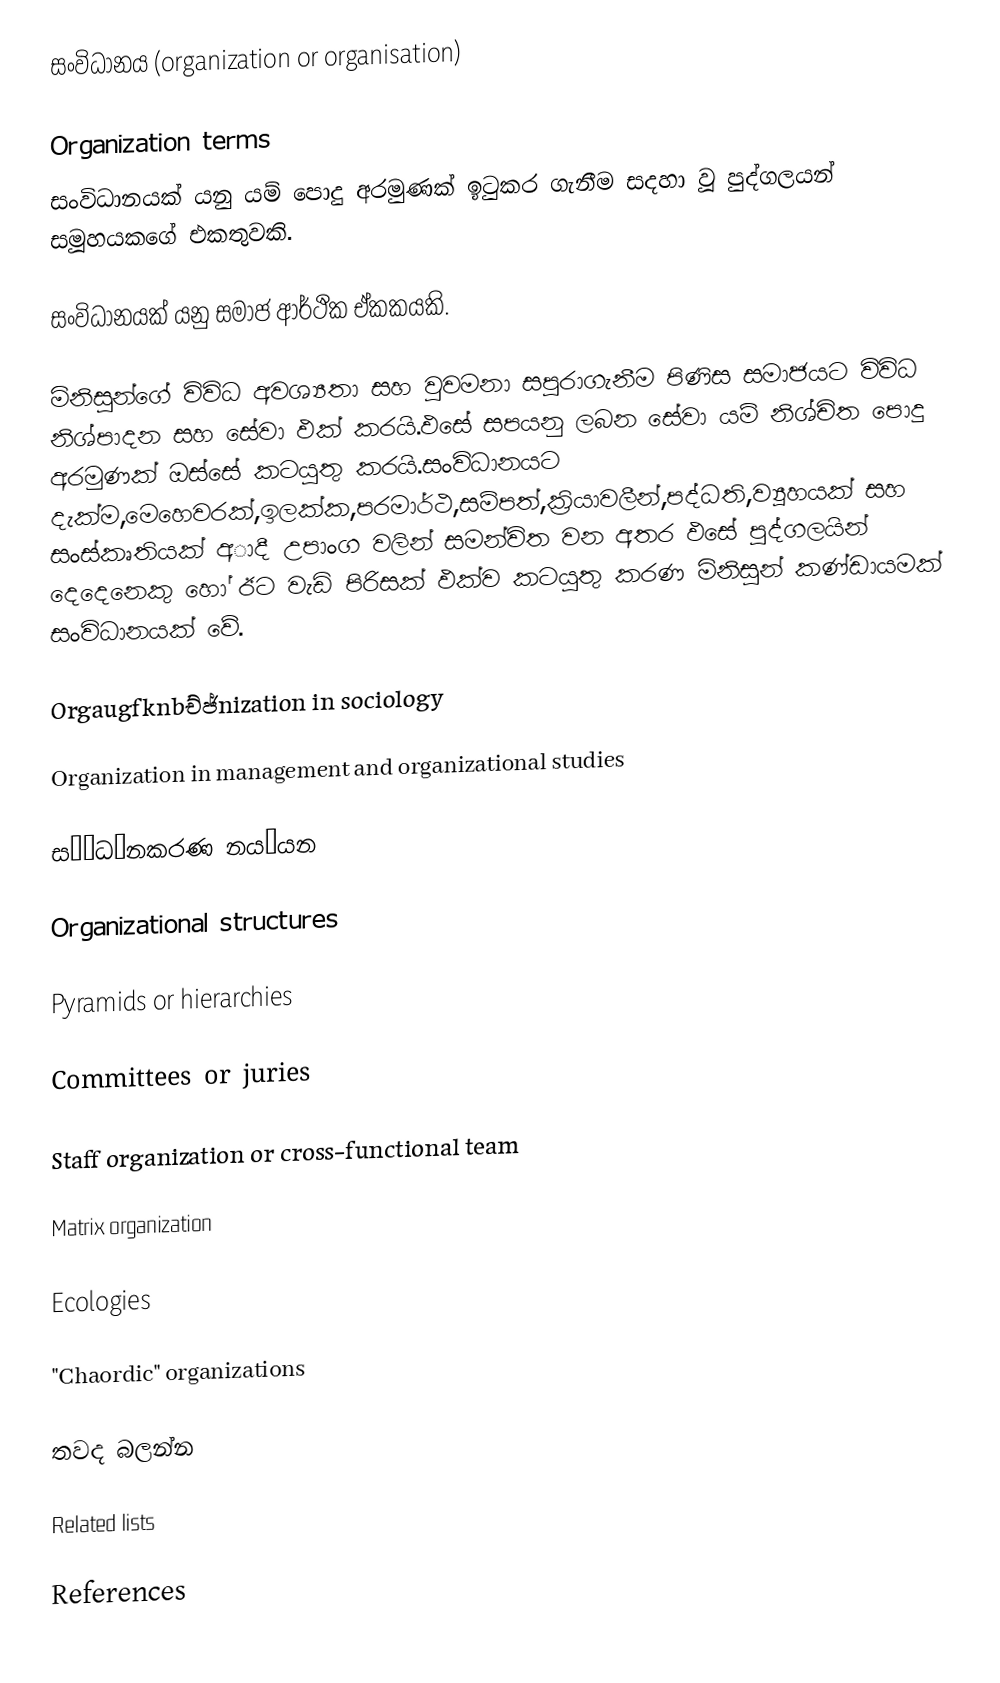
සංවිධානය (organization or organisation)

Organization terms
සංවිධානයක් යනු යම්‍ පොදු අරමුණක් ඉටුකර ගැනීම සදහා වූ පුද්ගලයන් සමූහයකගේ එකතුවකි.

සංවිධානයක් යනු සමාජ ආර්ථික ඒකකයකි.

මිනිසුන්ගේ විවිධ අවශ්‍යතා සහ වුවමනා සපුරාගැනීම පිණිස සමාජයට විවිධ නිශ්පාදන සහ සේවා ඵක් කරයි.ඵසේ සපයනු ලබන සේවා යම් නිශ්චිත පොදු අරමුණක් ඔස්සේ කටයුතු කරයි.සංවිධානයට දැක්ම,මෙහෙවරක්,ඉලක්ක,පරමාර්ථ,සම්පත්,ක්‍රියාවලීන්,පද්ධති,ව්‍යූහයක් සහ සංස්කෘතියක් අාදී උපාංග වලින් සමන්විත වන අතර ඵසේ පුද්ගලයින් දෙදෙනෙකු හෝ ඊට වැඩි පිරිසක් ඵක්ව කටයුතු කරණ මිනිසුන් කණ්ඩායමක් සංවිධානයක් වේ.

Orgaugfknbච්ජ්nization in sociology

Organization in management and organizational studies

ස๜໶ධ๟නකරණ නය๟යන

Organizational structures

Pyramids or hierarchies

Committees or juries

Staff organization or cross-functional team

Matrix organization

Ecologies

"Chaordic" organizations

තවද බලන්න

Related lists

References